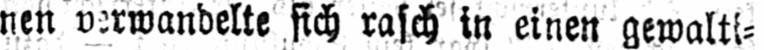
nen verwandelte sich rasch in einen gewalti⸗